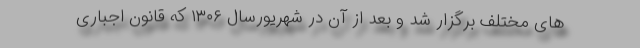
های مختلف برگزار شد و بعد از آن در شهریورسال ۱۳۰۶ که قانون اجباری